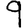
Digit: 9